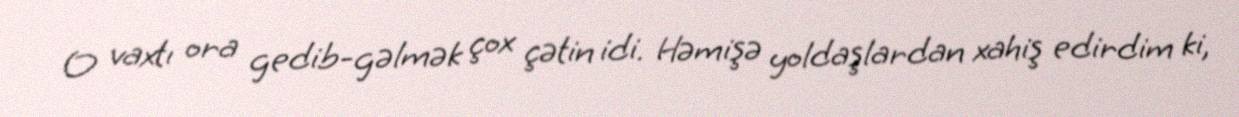
O vaxtı ora gedib-gəlmək çox çətin idi. Həmişə yoldaşlardan xahiş edirdim ki,